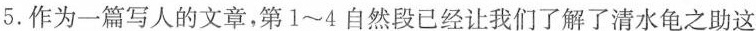
5. 作为一篇写人的文章，第 1~4 自然段已经让我们了解了清水龟之助这